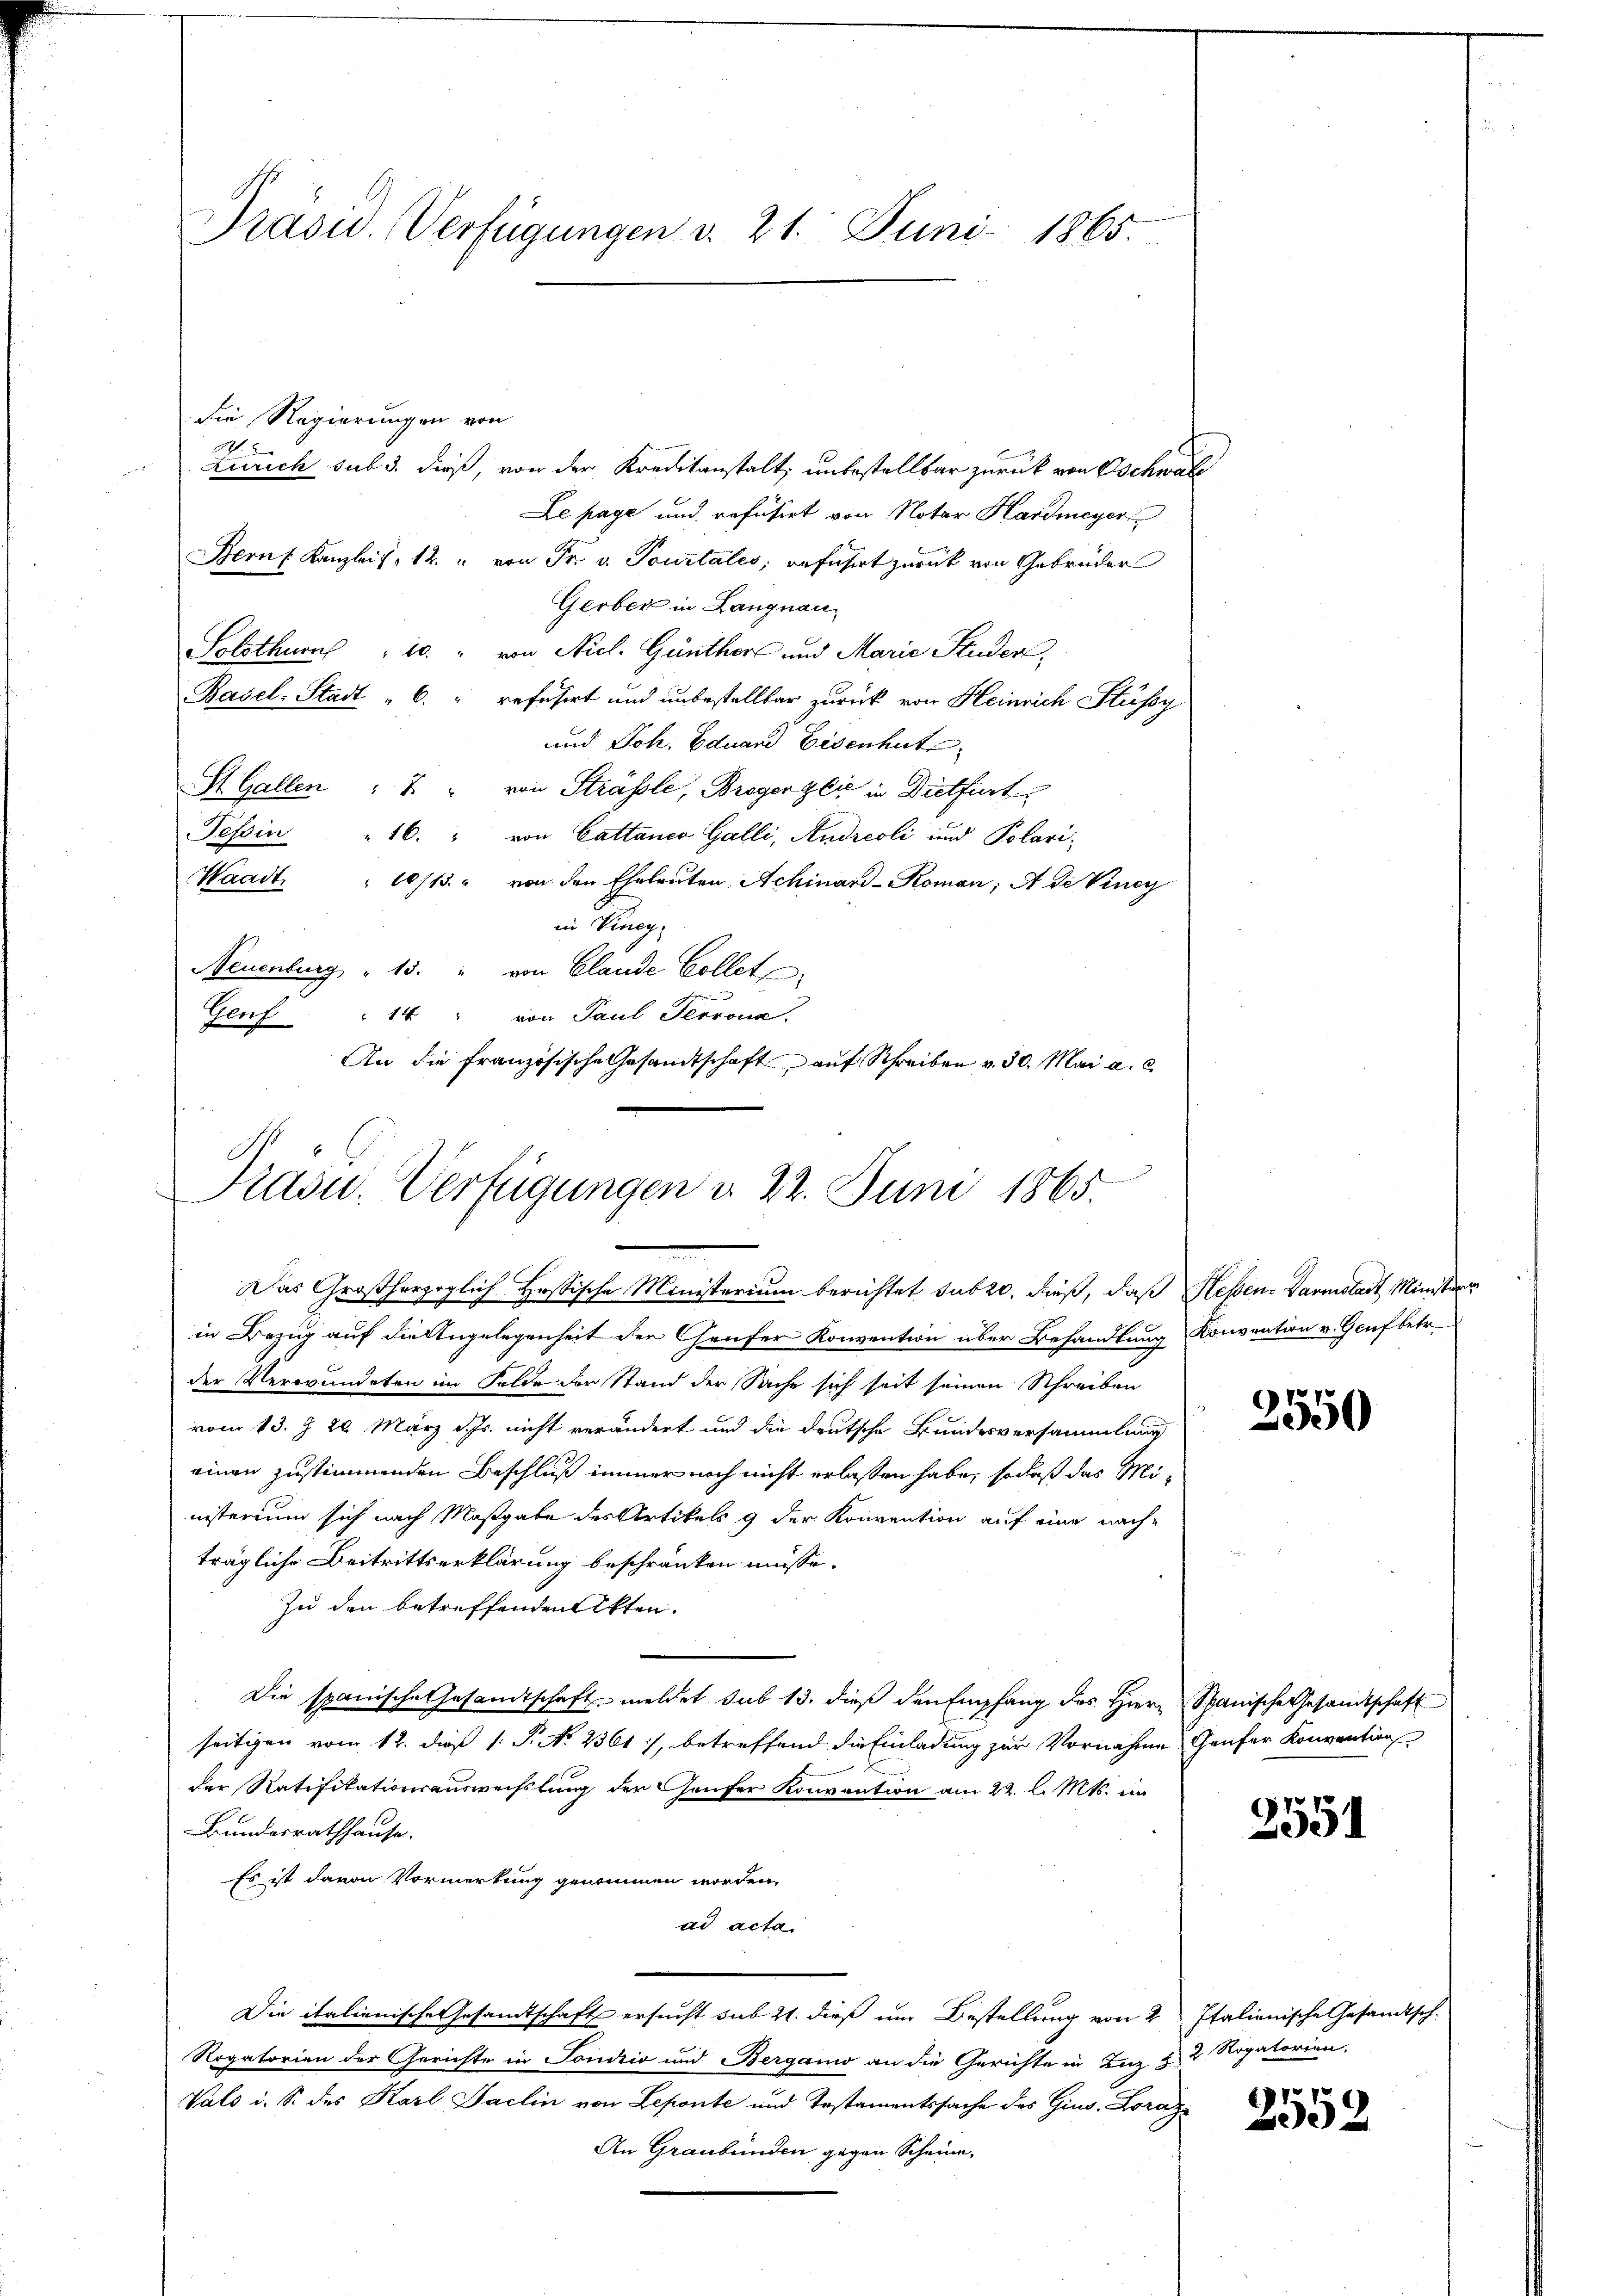
Präsid. Verfügungen d. 21. Juni 1865.

die Regierungen von
7.
Zürich sub 3. dieß, von der Kreditanstalt, unbestellbar zurück von Oschwal
Le page und refüsirt von Notar Hardmeyer
Bern Kanzleis, 12. " von Fr. v. Pourtales, geführt zurück von Gebrüder
Gerber in Langnau
Solothurn 10 " von Niel. Günther und Marie Studen,
Basel-Stadt " 6. " refüsirt und unbestellbar zurück von Heinrich Stüssy
und Joh. Eduard Eisenhut
St. Gallen " 2 " von Strässle, Bregengli in Dietfurt
Tessin
16. " von Cattanco Galli, Andreoli und Polari¬
Waadt. " 10/13. " von den Eheleuten Achinard-Roman; A de Viney
in Viney
Neuenburg " 15. " von Claude Collet
Genf " 14 " von Paul Terrona
An die französische Gesandtschaft auf Schreiben v. 30. Mai a. c

Präsu. Verfügungen d. 22. Juni 1865.
Das Großherzoglich Hassische Ministerium berichtet sub 20. dieß, daß Hessen. Darmstadt Ministerr

in Bezug auf die Angelegenheit der Genfer Konvention über Behandlung Konvention v. Genf betr.
der Verwundeten im Felde der Stand der Sache sich seit seinen Schreiben
vom 13. § 20. März d. Js. nicht verändert und die deutsche Bundesversammlung
ainen zustimmenden Beschluß immer noch nicht erlassen habe, sodaß das Ministerium sich nach Maßgabe des Artikels g der Konvention auf eine nachträgliche Beitrittserklärung beschränken müsse.
Zu den betreffenden Akten.
Die spanische Gesandtschaft meldet sub 13. dieß den Empfang des Hiern Spanische Gesandtschaft
seitigen vom 12. dieß 1: P. No 2361), betreffend die Einladung zur Vornahme Genfer Konvention
der Ratifikationsauswechslung der Genfer Konvention am 22. l. Mts. im
Bundesrathhause. |
Es ist davon Vormerkung genommen worden,
ad acta.
Die italienische Gesamtschaft ersucht sub 21. dieß um Bestellung von 2 Italienische Gesandtsch-
Rogatorien der Gerichte in Sonio und Bergamo an die Gerichte in Inz Z. 2. Rogatorien,
Valo i. S. des Karl Sachin von Deponte und Testamentssache des Gins. Loraz
An Graubünden gegen Scheine,

2550

2551

61.
92